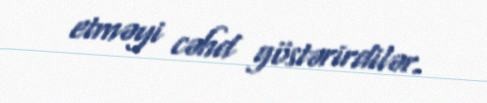
etməyi cəhd göstərirdilər.